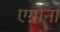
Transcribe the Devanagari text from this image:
एग्नोना